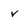
Character: v